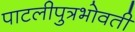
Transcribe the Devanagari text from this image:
पाटलीपुत्रभोवती